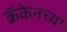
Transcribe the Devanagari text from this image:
क्रॅकेनच्या